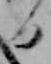
日